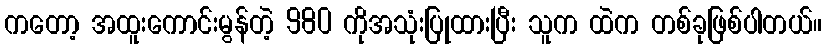
ကတော့ အထူးကောင်းမွန်တဲ့ 980 ကိုအသုံးပြုထားပြီး သူက ထဲက တစ်ခုဖြစ်ပါတယ်။